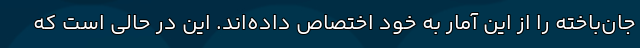
جان‌باخته را از این آمار به خود اختصاص داده‌اند. این در حالی است که